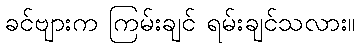
ခင်ဗျားက ကြမ်းချင် ရမ်းချင်သလား။